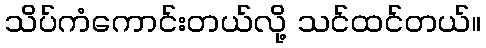
သိပ်ကံကောင်းတယ်လို့ သင်ထင်တယ်။